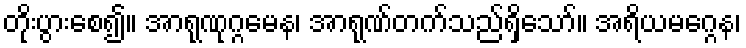
တိုးပွားစေ၍။ အာရုဏုဂ္ဂမေန၊ အာရုဏ်တက်သည်ရှိသော်။ အရိယမဂ္ဂေန၊